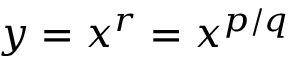
y = x ^ { r } = x ^ { p / q }